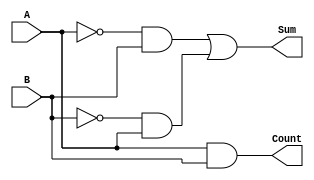
`timescale 1ns / 1ps
//////////////////////////////////////////////////////////////////////////////////
// Company: 
// Engineer: 
// 
// Design Name: 
// Module Name: halfAdder_Structual
// Project Name: 
// Target Devices: 
// Tool Versions: 
// Description: 
// 
// Dependencies: 
// 
// Revision:
// Revision 0.01 - File Created
// Additional Comments:
// 
//////////////////////////////////////////////////////////////////////////////////


module halfAdder_Structual(
    input A,
    input B,
    output Sum,
    output Count
    );
//    xor(Sum, A, B);
    not(A_not, A),
    (B_not, B);
    and(z1, A_not, B),
    (z2, B_not, A);
    or(Sum, z1, z2);
    and (Count, A, B);
endmodule